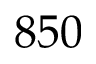
8 5 0